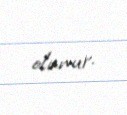
olunur.